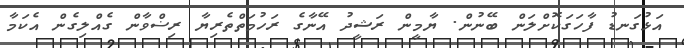
އަޅުގަނޑު ފާހަގަކޮށްލަން ބޭނުން. ޔާމީން ރަޝީދު އޭނާގެ ރަހުމަތްތެރިޔާ ރިޟްވާން ގެއްލިގެން އެކަމާ